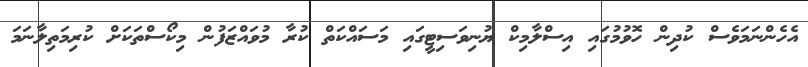
އެހެންނަމަވެސް ކުދިން ހޮވުމުގައި އިސްލާމިކް ޔުނިވަސިޓީގައި މަސައްކަތް ކުރާ މުވައްޒަފުން މިކޯސްތަކަށް ކުރިމަތިލާނަމަ